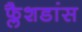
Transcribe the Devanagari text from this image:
फ्लैशडांस